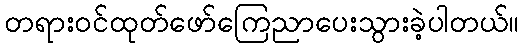
တရားဝင်ထုတ်ဖော်ကြေညာပေးသွားခဲ့ပါတယ်။